Annual report of the Punjab Veterinary College and of the Civil Veterinary Department, Punjab - 1894-1908
Year: 1894
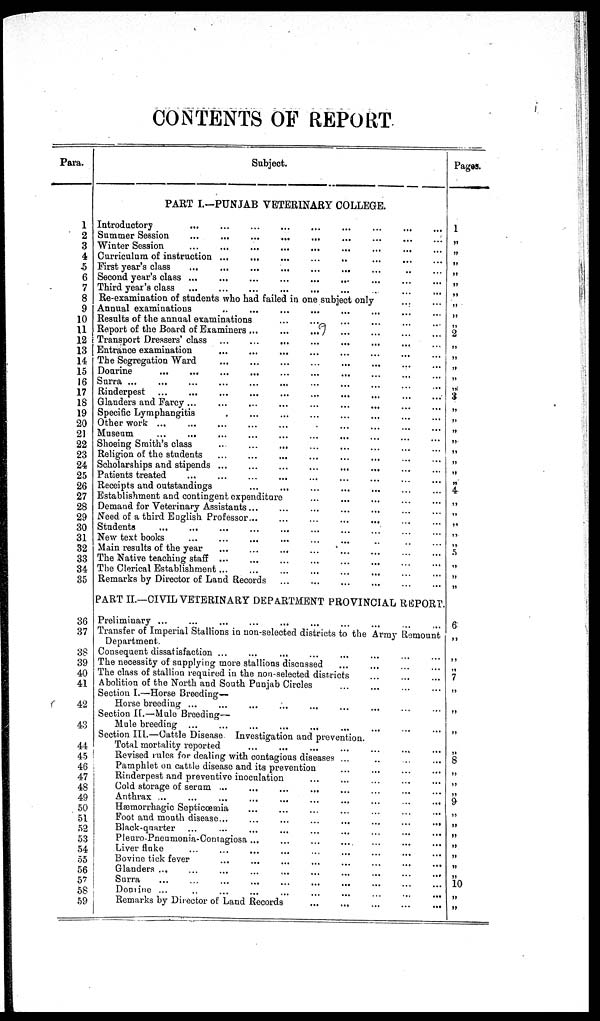
CONTENTS OF REPORT
Para.
1
2
3
4
5
6
7
8
9
10
11
12
13
14
15
16
17
18
19
20
21
22
23
24
25
26
27
28
29
30
31
32
33
34
35
36
37
38
39
40
41
42
43
44
45
46
47
48
49
50
51
52
53
54
55
56
57
58
59
Subject.
PART I.—PUNJAB VETERINARY COLLEGE.
Introductory
...
... … … … … … … …
Summer Session
...
...
... … … … …...
Winter Session
...
...
... .… … … ….. ...
Curriculum of instruction ...… … … … … … … …
First year's class… … … … … … … …
Second year's class ...… … … … … … … …
Third year's class
... … … … … … … … …
Re-examination of students who bad failed in one subject only
...
...
Annual examinations … … … … … … … …
Results of the annual examinations … … … … … … … …
Report of the Board of Examiners ... … … … … … … … …
Transport Dressers' class ...
... … … … … … … … …
Entrance examination
...
...
... … … … … … … … …
The Segregation Ward … … … … … … … …
Dourine … … … … … … … …
Surra ... … … … … … … … …
Rinderpest … … … … … … … …
Glanders and Farcy ... … … … … … … … …
Specific Lymphangitis
.
...
... … … … … ...
...
Other work ...
...
...
...
... … … … …
Museum
...
... … … … … … … … …
Shoeing Smith's class … … … … … … … …
Religion of the students … … … … … … … …
Scholarships and stipends ... … … … … … … … …
Patients treated … … … … … … … …
Receipts and outstandings … … … … … … … …
Establishment and contingent expenditure … … … … … … … …
Demand for Veterinary Assistants ... … … … … … … … …
Need of a third English Professor...
...
...
... … … … …
Students … … … … … … … …
New text books … … … …… … … …
Main results of the year … … … … … … … …
The Native teaching staff ... … … … … … … … …
The Clerical Establishment... … … … … … … … …
Remarks by Director of Land Records … … … … … … … …
PART II.—CIVIL VETERINARY DEPARTMENT PROVINCIAL REPORT.
Preliminary ... … … … … … … … …
Transfer of Imperial Stallions in non-selected districts to the Army Remount
Department.
Consequent dissatisfaction ... … … … …
The necessity of supplying more stallions discussed
... … … … …
The class of stallion required in the non-selected districts … … … …
Abolition of the North and South Punjab Circles … … … …
Section I.—Horse Breeding—
Horse breeding ... … … … … … … … …
Section II.—Mule Breeding—
Mule breeding … … … … … … … …
Section III.—Cattle Disease Investigation and prevention.
Total mortality reported … … … … … … … …
Revised rules for dealing with contagious diseases … … … … … … … …
Pamphlet on cattle disease and its prevention … … … … … … … … ...
Rinderpest and preventive inoculation … … … … … … … …
Cold storage of serum ... … … … … … … … …
Anthrax ... … … … … … … … …
Hæmorrhagic Septicœmia … … … … … … … …
Foot and mouth disease … … … … … … … …
Black-quarter … … … … … … … …
Pleuro-Pneumonia-Contagiosa … … … … … … … …
Liver fluke … … … … … … … …
Bovine tick fever … … … … … … … …
Glanders ... … … … … … … … …
Surra … … … … … … … …
Dourine ... … … … … … … … …
Remarks by Director of Land Records
…
…
…
…
...
Pages.
1
„
„
„
„
„
„
„
„
„
2
„
„
„
„
„
3
„
„
„
„
„
„
„
„
4
„
„
„
„
5
„
„
„
6
„
„
„
7
„
„
„
„
8
„
„
„
9
„
„
„
„
„
„
„
10
„
„